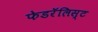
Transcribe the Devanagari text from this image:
फेडरॅलिस्ट